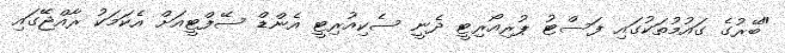
"ބޭރުގެ ގައުމުތަކުގައި ފަސްޓު ޕުރިއޯރިޓީ ދެނީ ސެކިއުރިޓީ އެންޑް ސޭފްޓީއަށް އެކަމަކު ރާއްޖޭގައި